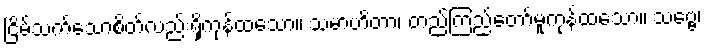
ငြိမ်သက်သောစိတ်လည်းရှိကုန်ထသော။ သမာဟိတာ၊ တည်ကြည်တော်မူကုန်ထသော။ သဗ္ဗေ၊